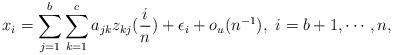
LaTeX: \begin{align*}x_i=\sum_{j=1}^b \sum_{k=1}^c a_{jk} z_{kj}(\frac{i}{n})+\epsilon_i+o_{u}(n^{-1}), \ i=b+1,\cdots, n, \end{align*}